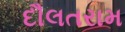
દૌલતરામ